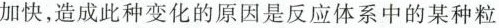
加快，造成此种变化的原因是反应体系中的某种粒